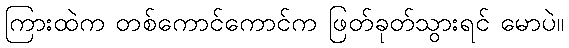
ကြားထဲက တစ်ကောင်ကောင်က ဖြတ်ခုတ်သွားရင် မောပဲ။